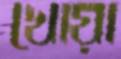
খোয়া